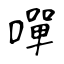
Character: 嘽